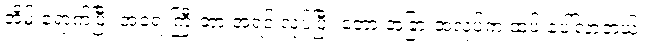
အိမ် ရောက်ပြီး အရေးကြီးတာ အရင် လုပ်ပြီး တော့ အခြားအလုပ်က ထပ် ပေါ်လာတယ်။